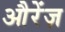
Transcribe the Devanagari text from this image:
औरेंज़